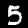
Digit: 5